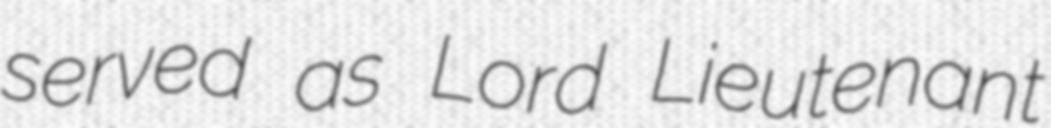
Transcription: served as Lord Lieutenant